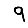
Digit: 9